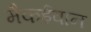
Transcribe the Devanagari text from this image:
मैकईवान